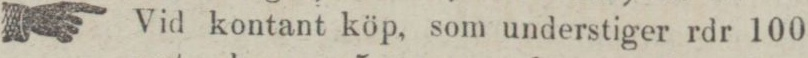
Vid kontant köp, som understiger rdr 100